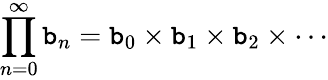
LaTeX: \prod_{n=0}^{\infty}\mathtt{b}_{n}=\mathtt{b}_{0}\times\mathtt{b}_{1}\times\mathtt{b}_{2}\times\cdots